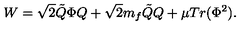
W = \sqrt { 2 } \tilde { Q } \Phi Q + \sqrt { 2 } m _ { f } \tilde { Q } Q + \mu T r ( \Phi ^ { 2 } ) .